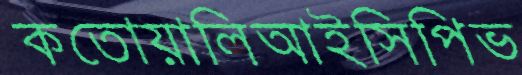
কতোয়ালিআইসিপিভ